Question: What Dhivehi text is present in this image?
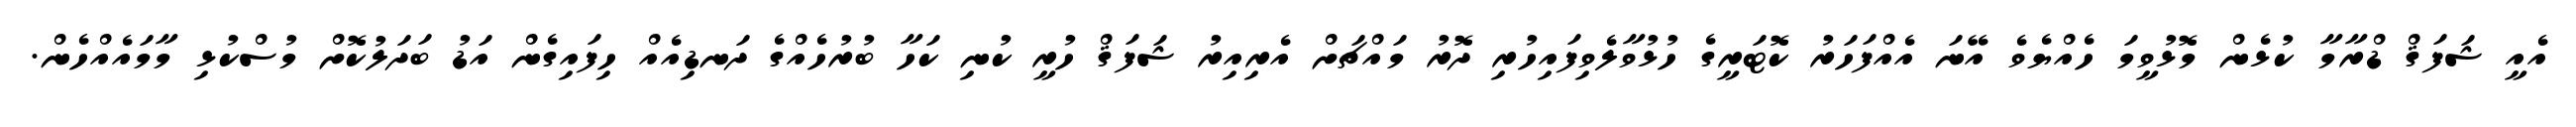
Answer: އެއީ ޝަފަޤް ޑްރާމާ ކުޅެން މޮޅުވީމަ ހެއްޔެވެ އޭނަ އެއްފަހަރު ކޮޓަރީގެ ހުޅުވާލެވިފައިހުރި ދޮރު މައްޗަށް އެރިއިރު ޝަފަޤް ހުރީ ކުނި ކަހާ ބުރުހެއްގެ ދަނޑިއެއް ހިފައިގެން އަޑު ބަދަލުކޮށް މުސްކުޅި މާމައެއްހެން.